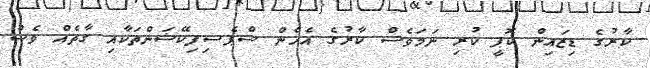
ކާރުގެ ޑިޒައިން ކޮޕީ ކުރި ނަމަވެސް ކާރުގެ އެހެން ސްޕެސިފިކޭޝަންތަކާއި ގާތެއް ވެސް